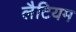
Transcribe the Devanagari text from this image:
लैटियम